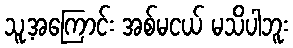
သူ့အကြောင်း အစ်မငယ် မသိပါဘူး